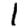
Digit: 1